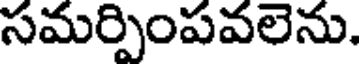
సమర్పింపవలెను.